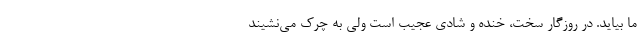
ما بیاید. در روزگار سخت، خنده و شادی عجیب است ولی به چرک می‌نشیند